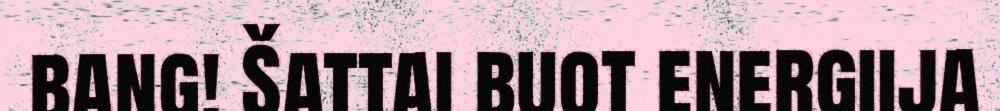
bang! Šattai buot energiija